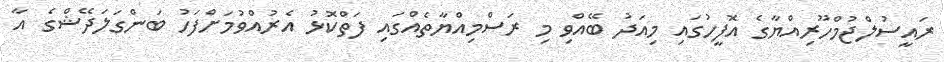
ރައީސުލްޖުމްހޫރިއްޔާގެ އޮފީހުގައި މިއަދު ބޭއްވި މި ރަސްމިއްޔާތެއްގައި ފަތްކޮޅު އެރުއްވުމަށްފަހު ބަންގަލަދޭޝްގެ އާ